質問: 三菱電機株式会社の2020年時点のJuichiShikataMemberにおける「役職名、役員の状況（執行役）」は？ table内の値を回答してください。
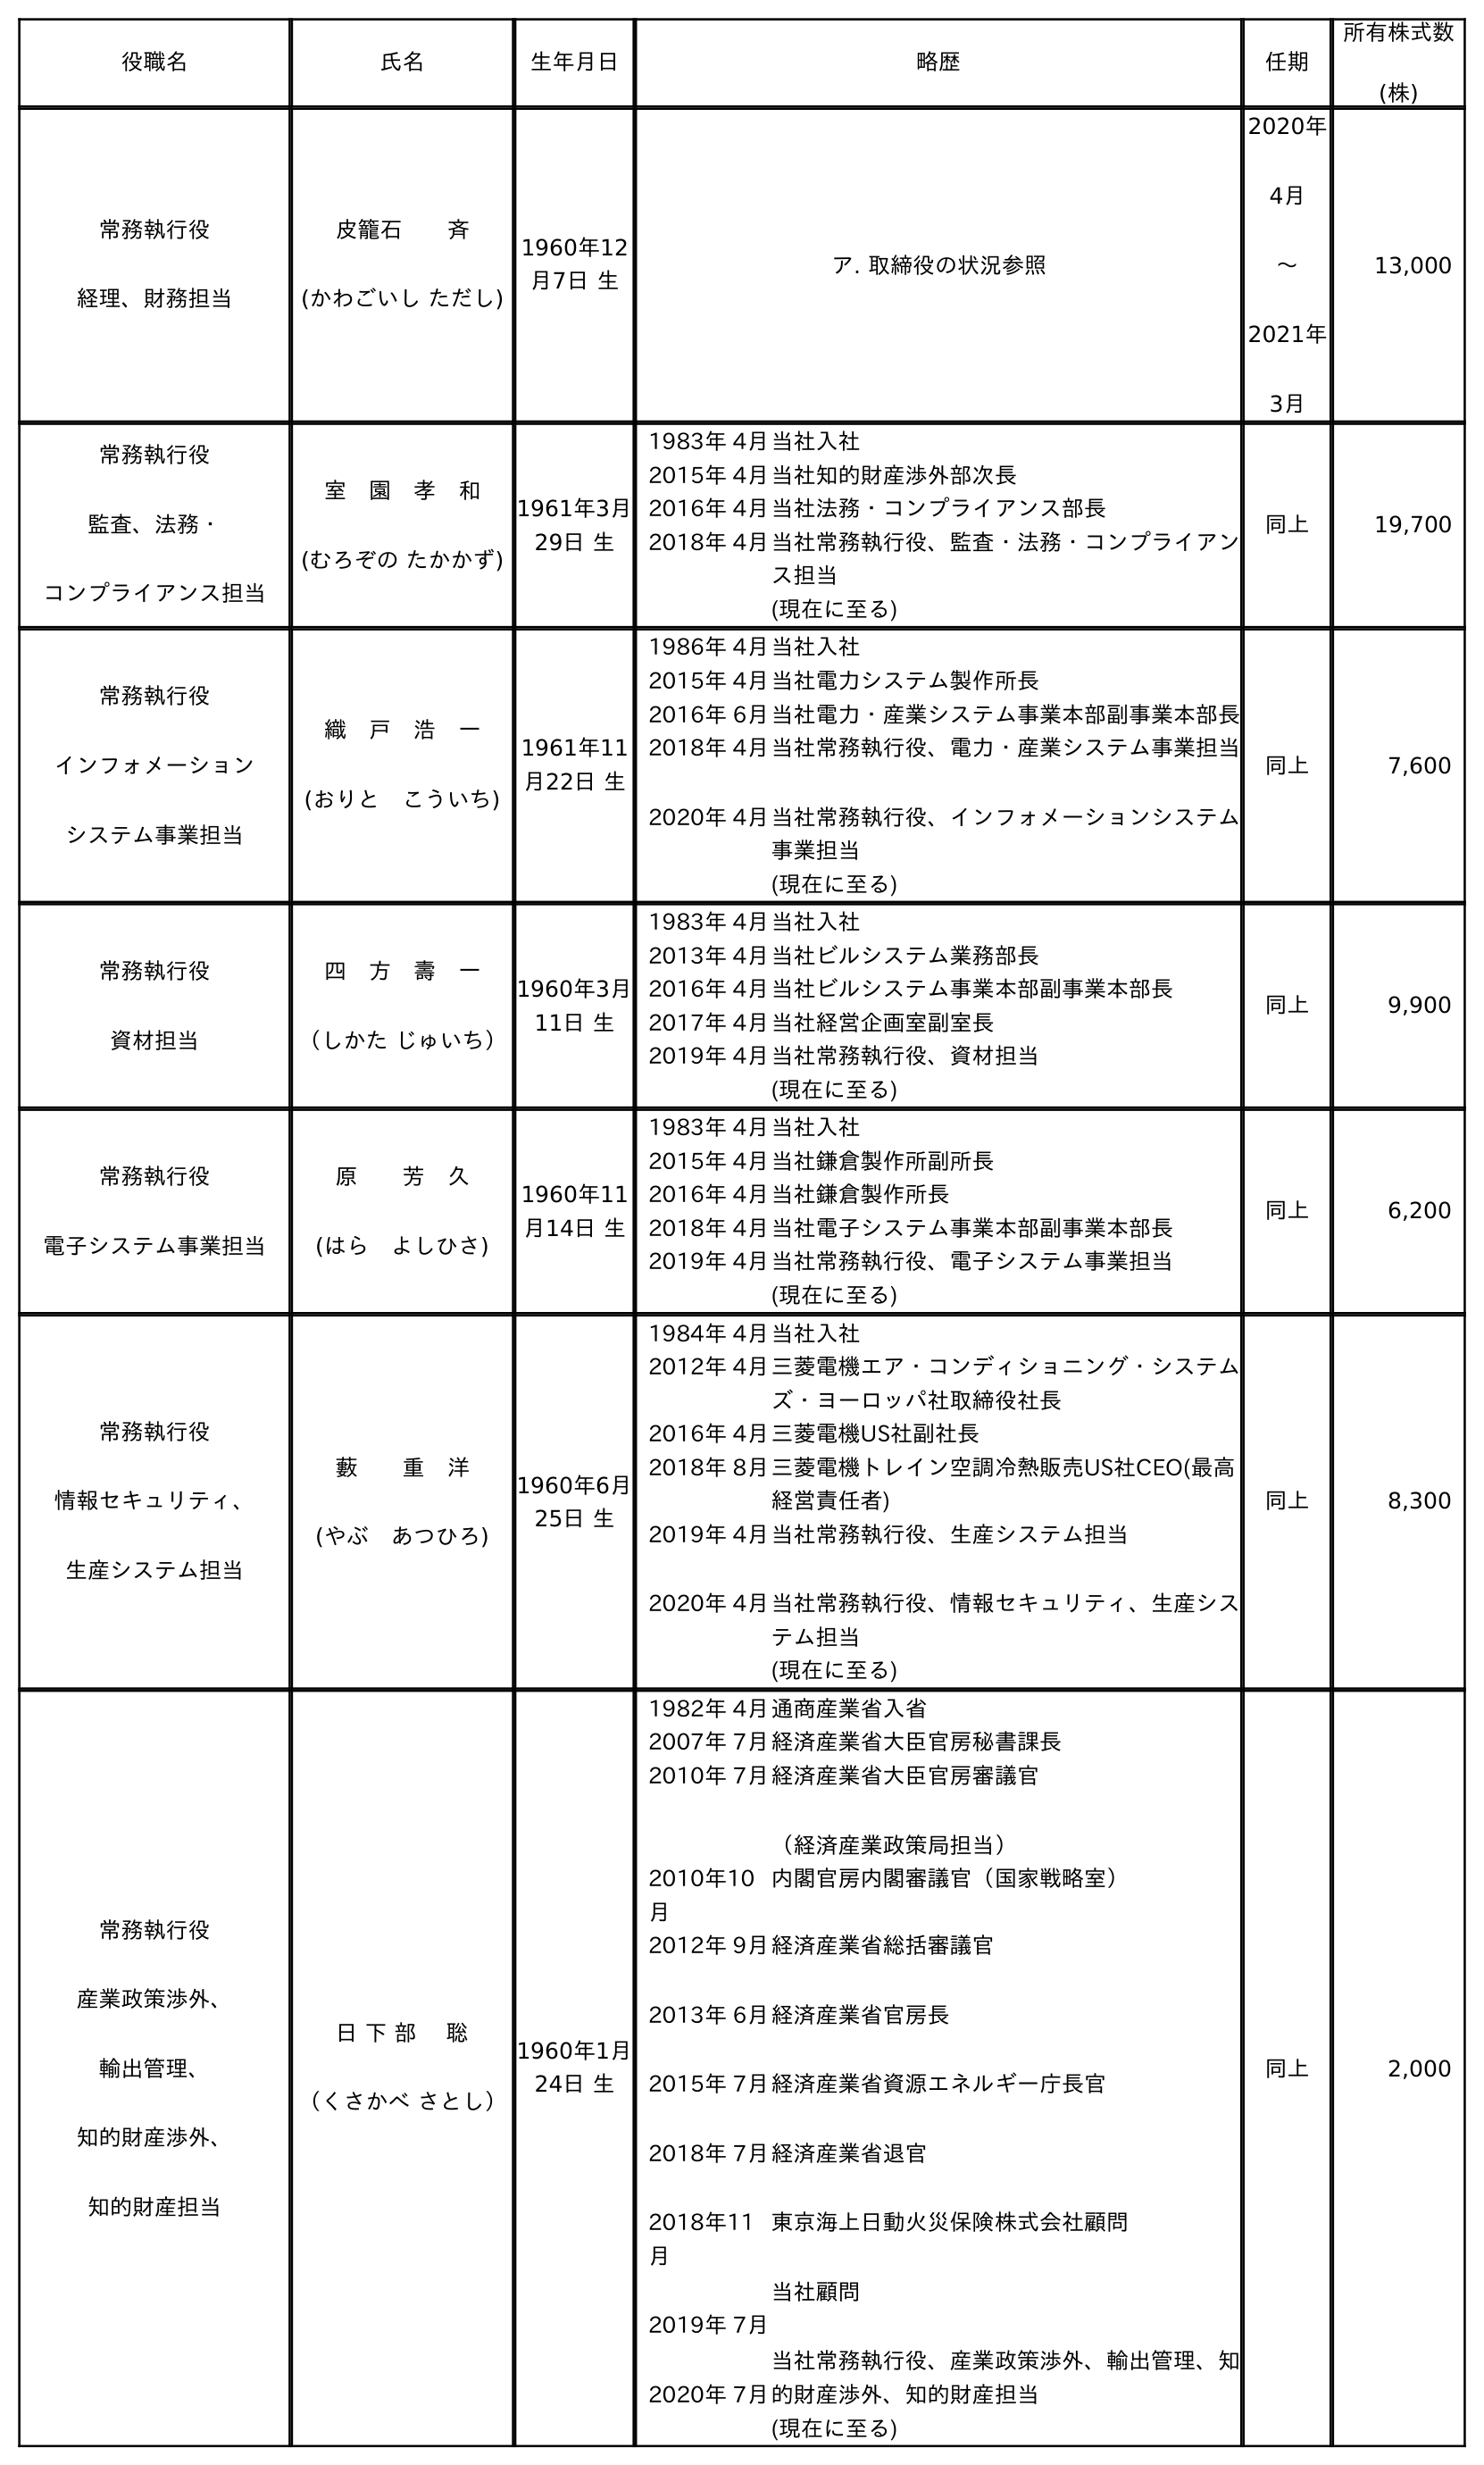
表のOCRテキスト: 役職名 氏名 生年月日 略歴 任期 所有株式数 (株) 常務執行役 経理、財務担当 皮籠石  斉 (かわごいし ただし) 1960年12 月7日 生 ア. 取締役の状況参照 2020年 4月 〜 2021年 3月 13,000 常務執行役 監査、法務・ コンプライアンス担当 室 園 孝 和 (むろぞの たかかず) 1961年3月 29日 生 1983年 4月当社入社 2015年 4月当社知的財産渉外部次長 2016年 4月当社法務・コンプライアンス部長 2018年 4月当社常務執行役、監査・法務・コンプライアン ス担当 (現在に至る) 同上 19,700 常務執行役 インフォメーション システム事業担当 織 戶 浩 一 (おりと こういち) 1961年11 月22日 生 1986年 4月当社入社 2015年 4月当社電力システム製作所長 2016年 6月当社電力・産業システム事業本部副事業本部長 2018年 4月 2020年 4月 当社常務執行役、電力・産業システム事業担当 当社常務執行役、インフォメーションシステム 事業担当 (現在に至る) 同上 7,600 常務執行役 資材担当 四 方 壽 一 （しかた じゅいち） 1960年3月 11日 生 1983年 4月当社入社 2013年 4月当社ビルシステム業務部長 2016年 4月当社ビルシステム事業本部副事業本部長 2017年 4月当社経営企画室副室長 2019年 4月当社常務執行役、資材担当 (現在に至る) 同上 9,900 常務執行役 電子システム事業担当 原  芳 久 (はら よしひさ) 1960年11 月14日 生 1983年 4月当社入社 2015年 4月当社鎌倉製作所副所長 2016年 4月当社鎌倉製作所長 2018年 4月当社電子システム事業本部副事業本部長 2019年 4月当社常務執行役、電子システム事業担当 (現在に至る) 同上 6,200 常務執行役 情報セキュリティ、 生産システム担当 藪  重 洋 (やぶ あつひろ) 1960年6月 25日 生 1984年 4月当社入社 2012年 4月三菱電機エア・コンディショニング・システム ズ・ヨーロッパ社取締役社長 2016年 4月三菱電機US社副社長 2018年 8月三菱電機トレイン空調冷熱販売US社CEO(最高 経営責任者) 2019年 4月 2020年 4月 当社常務執行役、生産システム担当 当社常務執行役、情報セキュリティ、生産シス テム担当 (現在に至る) 同上 8,300 常務執行役 産業政策渉外、 輸出管理、 知的財産渉外、 知的財産担当 日 下 部  聡 （くさかべ さとし） 1960年1月 24日 生 1982年 4月通商産業省入省 2007年 7月経済産業省大臣官房秘書課長 2010年 7月経済産業省大臣官房審議官 （経済産業政策局担当） 2010年10 月 内閣官房内閣審議官（国家戦略室） 2012年 9月 2013年 6月 2015年 7月 2018年 7月 2018年11 月 2019年 7月 2020年 7月 経済産業省総括審議官 経済産業省官房長 経済産業省資源エネルギー庁長官 経済産業省退官 東京海上日動火災保険株式会社顧問 当社顧問 当社常務執行役、産業政策渉外、輸出管理、知 的財産渉外、知的財産担当 (現在に至る) 同上 2,000
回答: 常務執行役資材担当